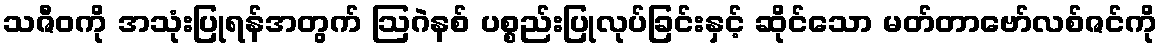
သဇီဝကို အသုံးပြုရန်အတွက် ဩဂဲနစ် ပစ္စည်းပြုလုပ်ခြင်းနှင့် ဆိုင်သော မတ်တာဗော်လစ်ဇင်ကို